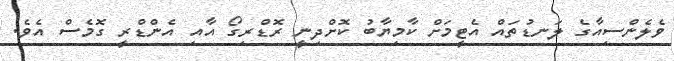
ވެލެންސިއާގެ ލަނޑުތައް އެޓީމަށް ކާމިޔާބު ކޮށްދިނީ ރޮޑްރިގޯ އާއި އެންޑްރީ ގޮމެސް އެވެ.